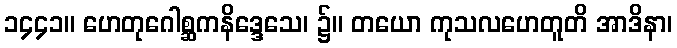
၁၄၄၁။ ဟေတုဂေါစ္ဆကနိဒ္ဒေသေ၊ ၌။ တယော ကုသလဟေတူတိ အာဒိနာ၊